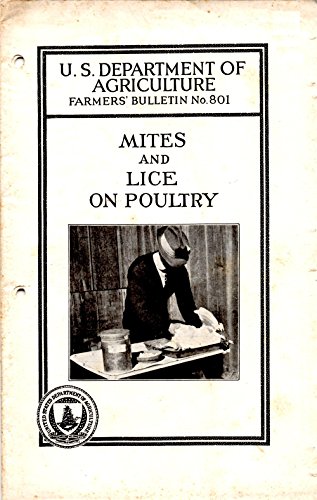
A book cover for Mites on Lice on Poultry (U.S. Department of Agriculture Farmers' Bulletin No. 801); F.C. Bishopp; Health, Fitness & Dieting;